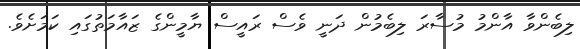
ލިބެންވާ އާންމު މުސާރަ ލިބެމުން ދަނީ ވެސް ރައީސް ޔާމީންގެ ޒައާމަތުގައި ކަމަށެވެ.